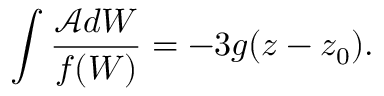
\int \frac { \mathcal { A } d W } { f ( W ) } = - 3 g ( z - z _ { 0 } ) .